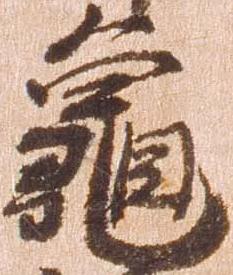
亀